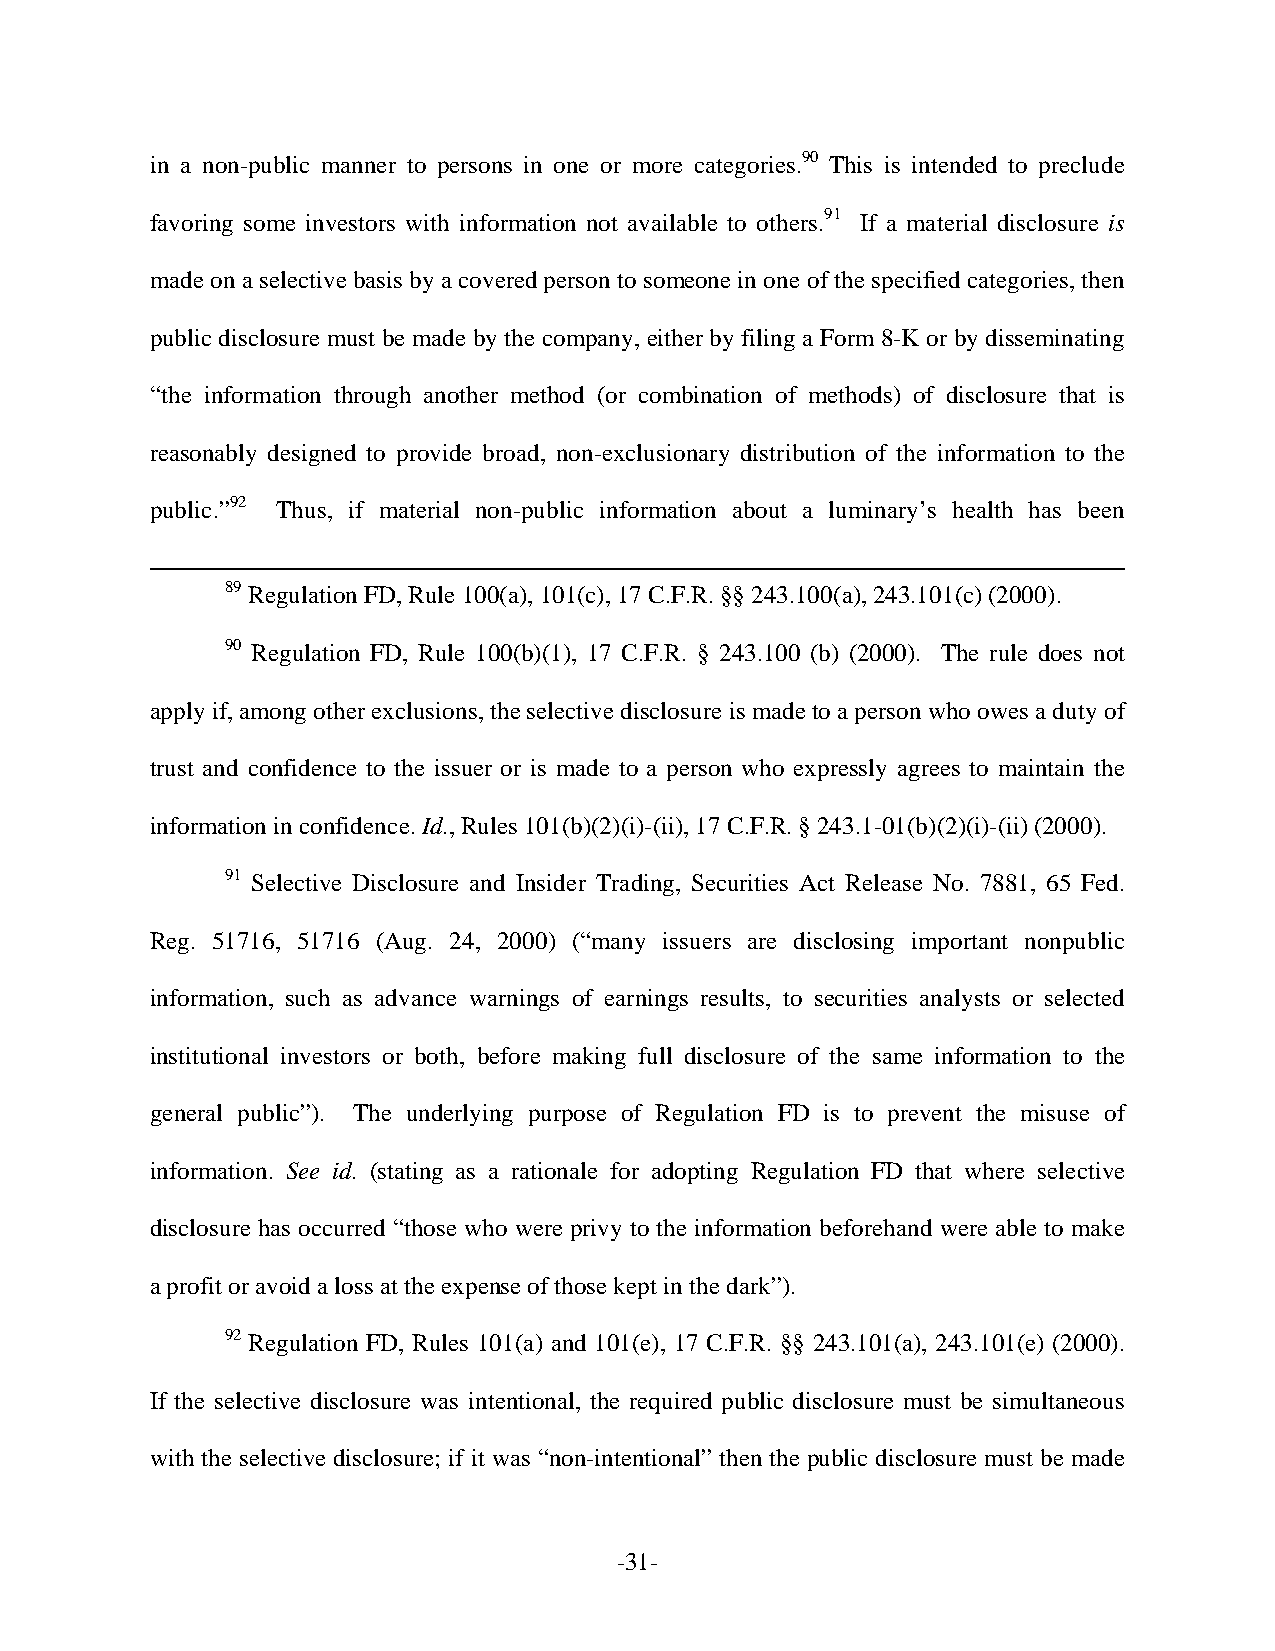
in a non-public manner to persons in one or more categories.90 This is intended to preclude
 favoring some investors with information not available to others.91 If a material disclosure is
 made on a selective basis by a covered person to someone in one of the specified categories, then
 public disclosure must be made by the company, either by filing a Form 8-K or by disseminating
 “the information through another method (or combination of methods) of disclosure that is
 reasonably designed to provide broad, non-exclusionary distribution of the information to the
 public.”92 Thus, if material non-public information about a luminary’s health has been
 89 Regulation FD, Rule 100(a), 101(c), 17 C.F.R. §§ 243.100(a), 243.101(c) (2000).
 90 Regulation FD, Rule 100(b)(1), 17 C.F.R. § 243.100 (b) (2000). The rule does not
 apply if, among other exclusions, the selective disclosure is made to a person who owes a duty of
 trust and confidence to the issuer or is made to a person who expressly agrees to maintain the
 information in confidence. Id., Rules 101(b)(2)(i)-(ii), 17 C.F.R. § 243.1-01(b)(2)(i)-(ii) (2000).
 91 Selective Disclosure and Insider Trading, Securities Act Release No. 7881, 65 Fed.
 Reg. 51716, 51716 (Aug. 24, 2000) (“many issuers are disclosing important nonpublic
 information, such as advance warnings of earnings results, to securities analysts or selected
 institutional investors or both, before making full disclosure of the same information to the
 general public”). The underlying purpose of Regulation FD is to prevent the misuse of
 information. See id. (stating as a rationale for adopting Regulation FD that where selective
 disclosure has occurred “those who were privy to the information beforehand were able to make
 a profit or avoid a loss at the expense of those kept in the dark”).
 92 Regulation FD, Rules 101(a) and 101(e), 17 C.F.R. §§ 243.101(a), 243.101(e) (2000).
 If the selective disclosure was intentional, the required public disclosure must be simultaneous
 with the selective disclosure; if it was “non-intentional” then the public disclosure must be made
 -31-